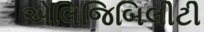
એલિજિબિલીટી